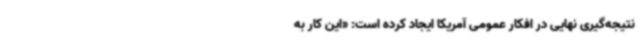
نتیجه‌گیری نهایی در افکار عمومی آمریکا ایجاد کرده است: «این کار به